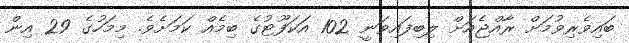
ބައިވެރިވުމަށް ރާއްޖެއަށް ލިބިފައިވަނީ 102 އަކަފޫޓުގެ ބިމެއް ކަމަށެވެ. މިމަހުގެ 29 އިން